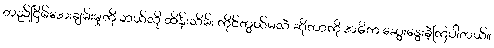
တည်ငြိမ်အေးချမ်းမှုကို ဘယ်လို ထိန်းသိမ်း ကိုင်တွယ်မလဲ ဆိုတာကို အဓိက ဆွေးနွေးခဲ့ကြပါတယ်။